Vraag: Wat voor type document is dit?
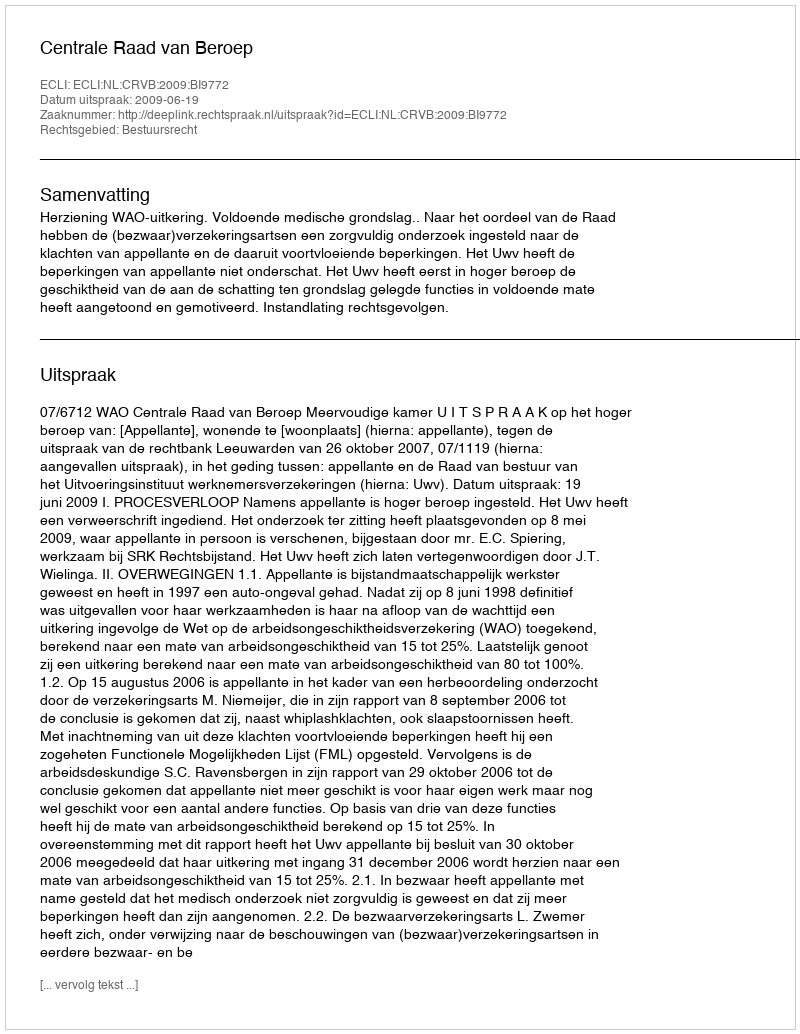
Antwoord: Uitspraak